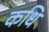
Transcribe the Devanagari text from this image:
कधि